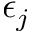
\epsilon _ { j }